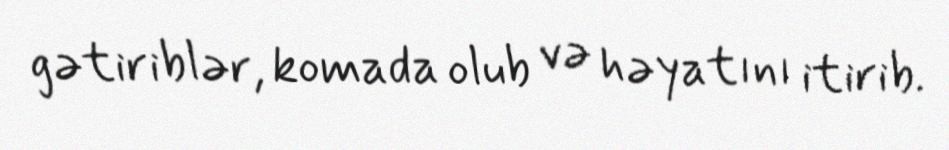
gətiriblər, komada olub və həyatını itirib.